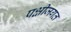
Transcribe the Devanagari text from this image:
पक्षीजगत